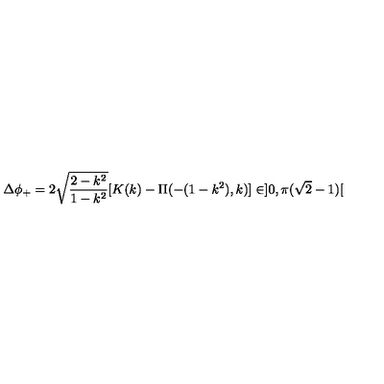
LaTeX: \Delta \phi _ { + } = 2 \sqrt { \frac { 2 - k ^ { 2 } } { 1 - k ^ { 2 } } } [ K ( k ) - \Pi ( - ( 1 - k ^ { 2 } ) , k ) ] \in ] 0 , \pi ( \sqrt { 2 } - 1 ) [